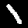
Digit: 1